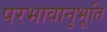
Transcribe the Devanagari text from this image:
परभावानुभूति